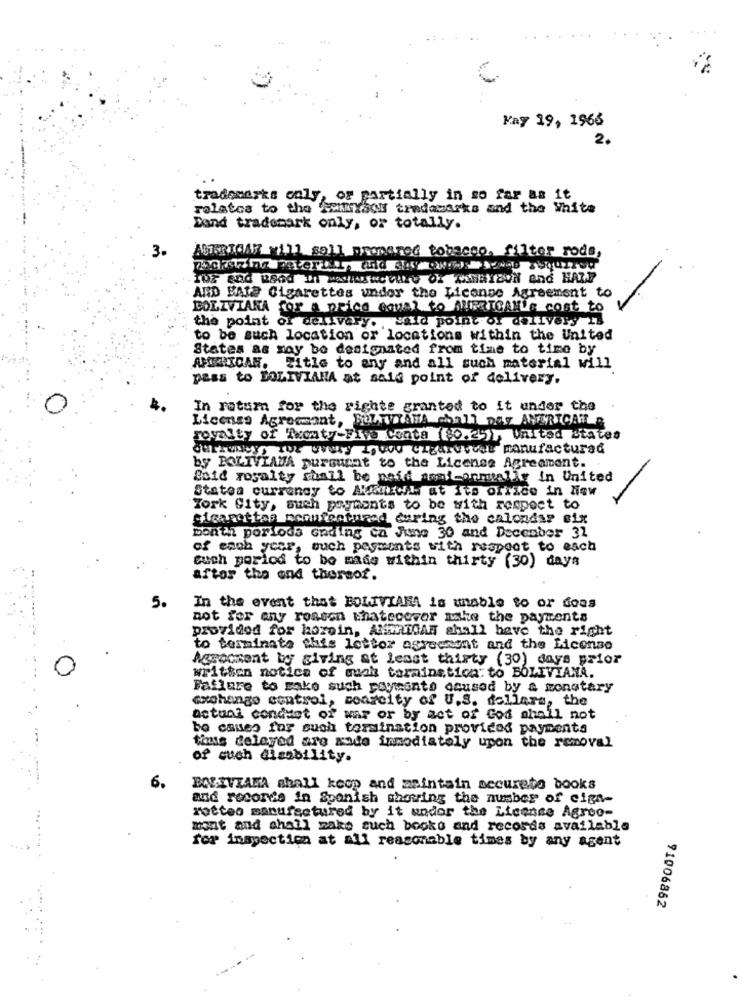
Kay 19, 1966
2.
trademarks coly, or partially in so far as it
relates to the SemmiYaoy trademarks and the White
Dand trademark only, or totally.
3.
ABERTOAT will sell prepared tobacco, filter rods,
AND FAIS Cigarettes undor the License Agreement to
BOLIVIANA for a price equal to HURRICANES cost to
the point of delivery. said point of delivery 2B
to be such location or locations within the United
States as may be designated from time to time by
AMERICAN. Title to any and all such material will
pass to BOLIVIANA at sale point of delivery.
In rotum for the righte granted to it under the
License Agreement, BilTYAMA chall Day AMERICANA
royalty of Twenty-Five conta (80.25), United states
currentautor every Liwe cigarvydal manufactured
by BOLIVIAMA pursuant to the License Agreement.
Beid royalty shall be neid amai-onmelle in United
Statea currency to AWww. at its office in Niew
York City, such payments to be with respect to
cigarettes menufeatured during the calendar eix
bon'th porlods ending ca June 30 and December 31
of each year, such payments with respect to each
cuch porlod to be made within thirty (30) days
after the end thersof.
5.
In the event that BOLIVIANA is unable to or does
not for any reason thateceror mathe the payments
provided for horain, ANDRICAR shall have the right
to terminate this letter agreement and the License
Aggocment by giving at lesst thirty (30) days prior
written notice of quak terminstica: to BOLIVIANA.
Failure to make such payments caused by a monetary
xohango control, coarcity of U.S. dollars, the
actual conduct of war or by act of God shall not
be caues for such termination provided payments
time delayed are sode inmediately upon the removal
of such disability.
6.
BOLIVIAMA shall koop and maintain securato books
and records in Spanish showing the number of cign-
rotteo manufactured by it undor the License Agroo-
mont and shall zake such books and records available
for inspection at all reasonable times by any agent
91006862